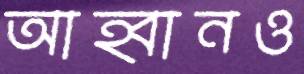
আহ্বানও